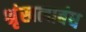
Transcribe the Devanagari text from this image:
श्रृंखलाबंध